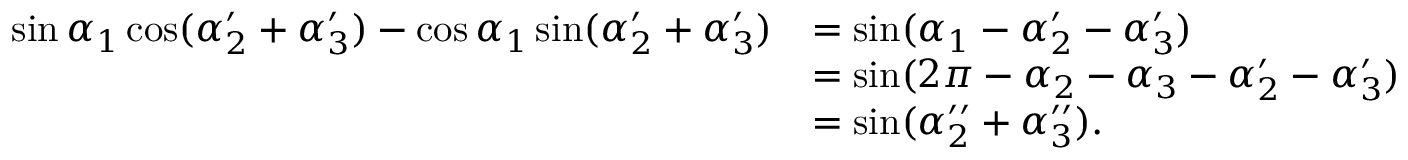
\begin{array} { r l } { \sin \alpha _ { 1 } \cos ( \alpha _ { 2 } ^ { \prime } + \alpha _ { 3 } ^ { \prime } ) - \cos \alpha _ { 1 } \sin ( \alpha _ { 2 } ^ { \prime } + \alpha _ { 3 } ^ { \prime } ) } & { = \sin ( \alpha _ { 1 } - \alpha _ { 2 } ^ { \prime } - \alpha _ { 3 } ^ { \prime } ) } \\ & { = \sin ( 2 \pi - \alpha _ { 2 } - \alpha _ { 3 } - \alpha _ { 2 } ^ { \prime } - \alpha _ { 3 } ^ { \prime } ) } \\ & { = \sin ( \alpha _ { 2 } ^ { \prime \prime } + \alpha _ { 3 } ^ { \prime \prime } ) . } \end{array}